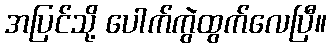
အပြင်သို့ ပေါက်ကွဲထွက်လေပြီ။